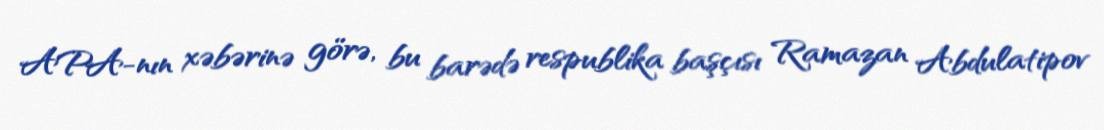
APA-nın xəbərinə görə, bu barədə respublika başçısı Ramazan Abdulatipov